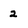
Character: 2